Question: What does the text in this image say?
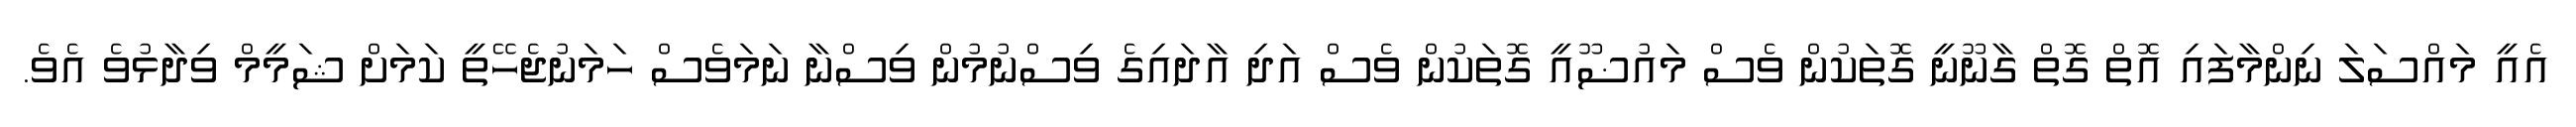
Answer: އެއީ މައްސަލަ ނިންމާފައި އޮތް ގޮތް ގާނޫނީ ގޮތަކުން ވެސް މައުޟޫއީ ގޮތަކުން ވެސް އަދި އާދައިގެ ވިސްނުމުން ވިސްނާ ނަމަވެސް ހަމަނުޖެހޭތީ ކަމަށް ޝަމީމް ވިދާޅުވެ އެވެ.